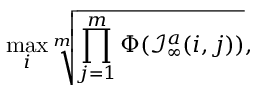
\operatorname* { m a x } _ { i } \sqrt [ m ] { \prod _ { j = 1 } ^ { m } \Phi ( \mathcal { I } _ { \infty } ^ { a } ( i , j ) ) } ,